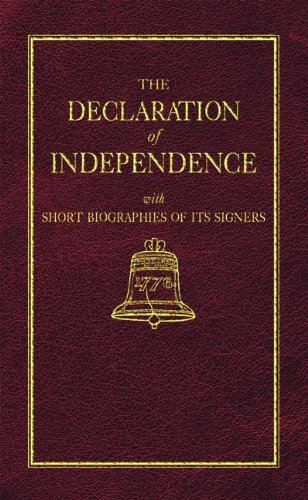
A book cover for Declaration of Independence (Little Books of Wisdom); Thomas Jefferson; History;